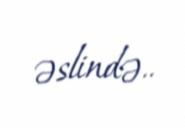
əslində..